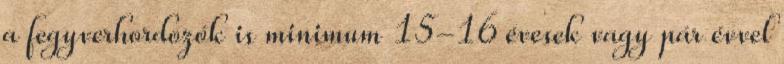
a fegyverhordozók is minimum 15-16 évesek vagy pár évvel